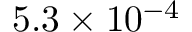
5 . 3 \times 1 0 ^ { - 4 }